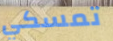
تمسكي